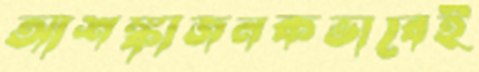
আশঙ্কাজনকভাবেই